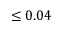
\le 0 . 0 4